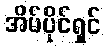
အိမ်ပိုင်ရှင်